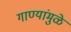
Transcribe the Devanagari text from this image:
गाण्यांमुळे